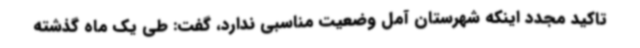
تاکید مجدد اینکه شهرستان آمل وضعیت مناسبی ندارد، گفت: طی یک ماه گذشته